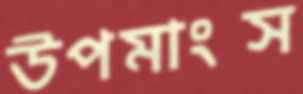
উপমাংস